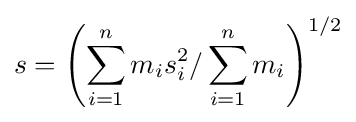
s=\left(\sum _{i=1}^{n}m_{i}s_{i}^{2}/\sum _{i=1}^{n}m_{i}\right)^{1/2}